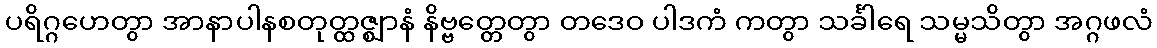
ပရိဂ္ဂဟေတွာ အာနာပါနစတုတ္ထဇ္ဈာနံ နိဗ္ဗတ္တေတွာ တဒေဝ ပါဒကံ ကတွာ သင်္ခါရေ သမ္မသိတွာ အဂ္ဂဖလံ